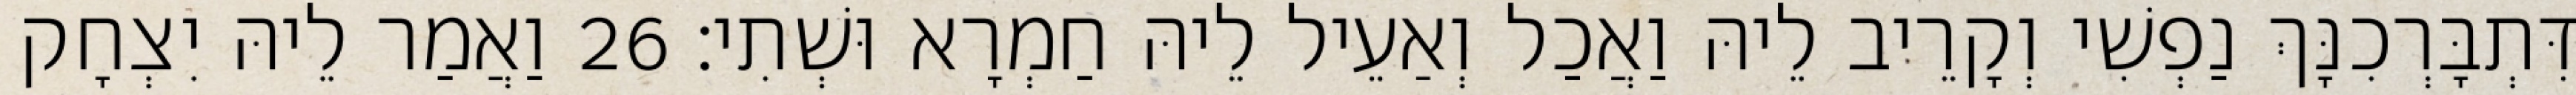
דִּתְבָּרְכִנָּךְ נַפְשִׁי וְקָרֵיב לֵיהּ וַאֲכַל וְאַעֵיל לֵיהּ חַמְרָא וּשְׁתִי׃ 26 וַאֲמַר לֵיהּ יִצְחָק